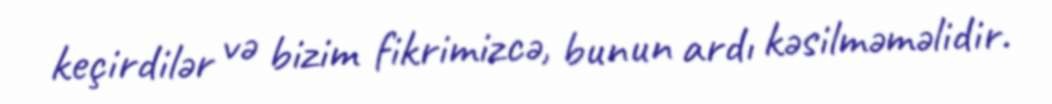
keçirdilər və bizim fikrimizcə, bunun ardı kəsilməməlidir.